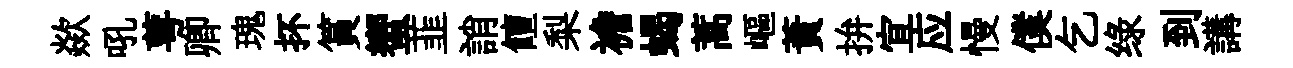
歘吼萼卿瑰抔篔蠁韮誚饘梨襜蝎蒿嶇蕡拚宜应慢僕乞绿到講